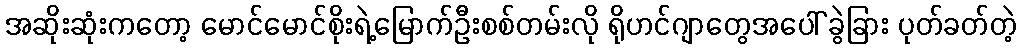
အဆိုးဆုံးကတော့ မောင်မောင်စိုးရဲ့မြောက်ဦးစစ်တမ်းလို ရိုဟင်ဂျာတွေအပေါ် ခွဲခြား ပုတ်ခတ်တဲ့